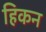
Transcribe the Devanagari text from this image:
हिकन